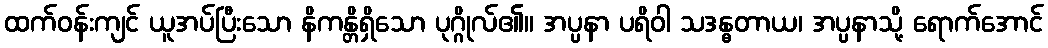
ထက်ဝန်းကျင် ယူအပ်ပြီးသော နိကန္တိရှိသော ပုဂ္ဂိုလ်၏။ အပ္ပနာ ပရိဝါ သဒန္ဓတာယ၊ အပ္ပနာသို့ ရောက်အောင်